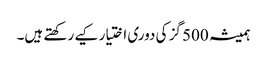
ہمیشہ 500 گز کی دوری اختیار کیے رکھتے ہیں۔